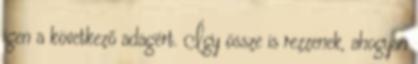
igen a következő adagért. Így össze is rezzenek, ahogyan